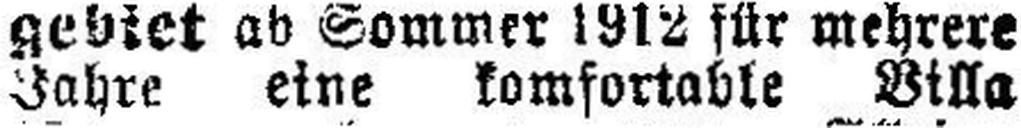
Jahre eine komfortable Villa